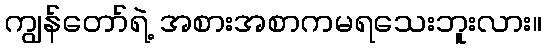
ကျွန်တော်ရဲ့ အစားအစာကမရသေးဘူးလား။